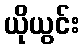
ယိုယွင်း